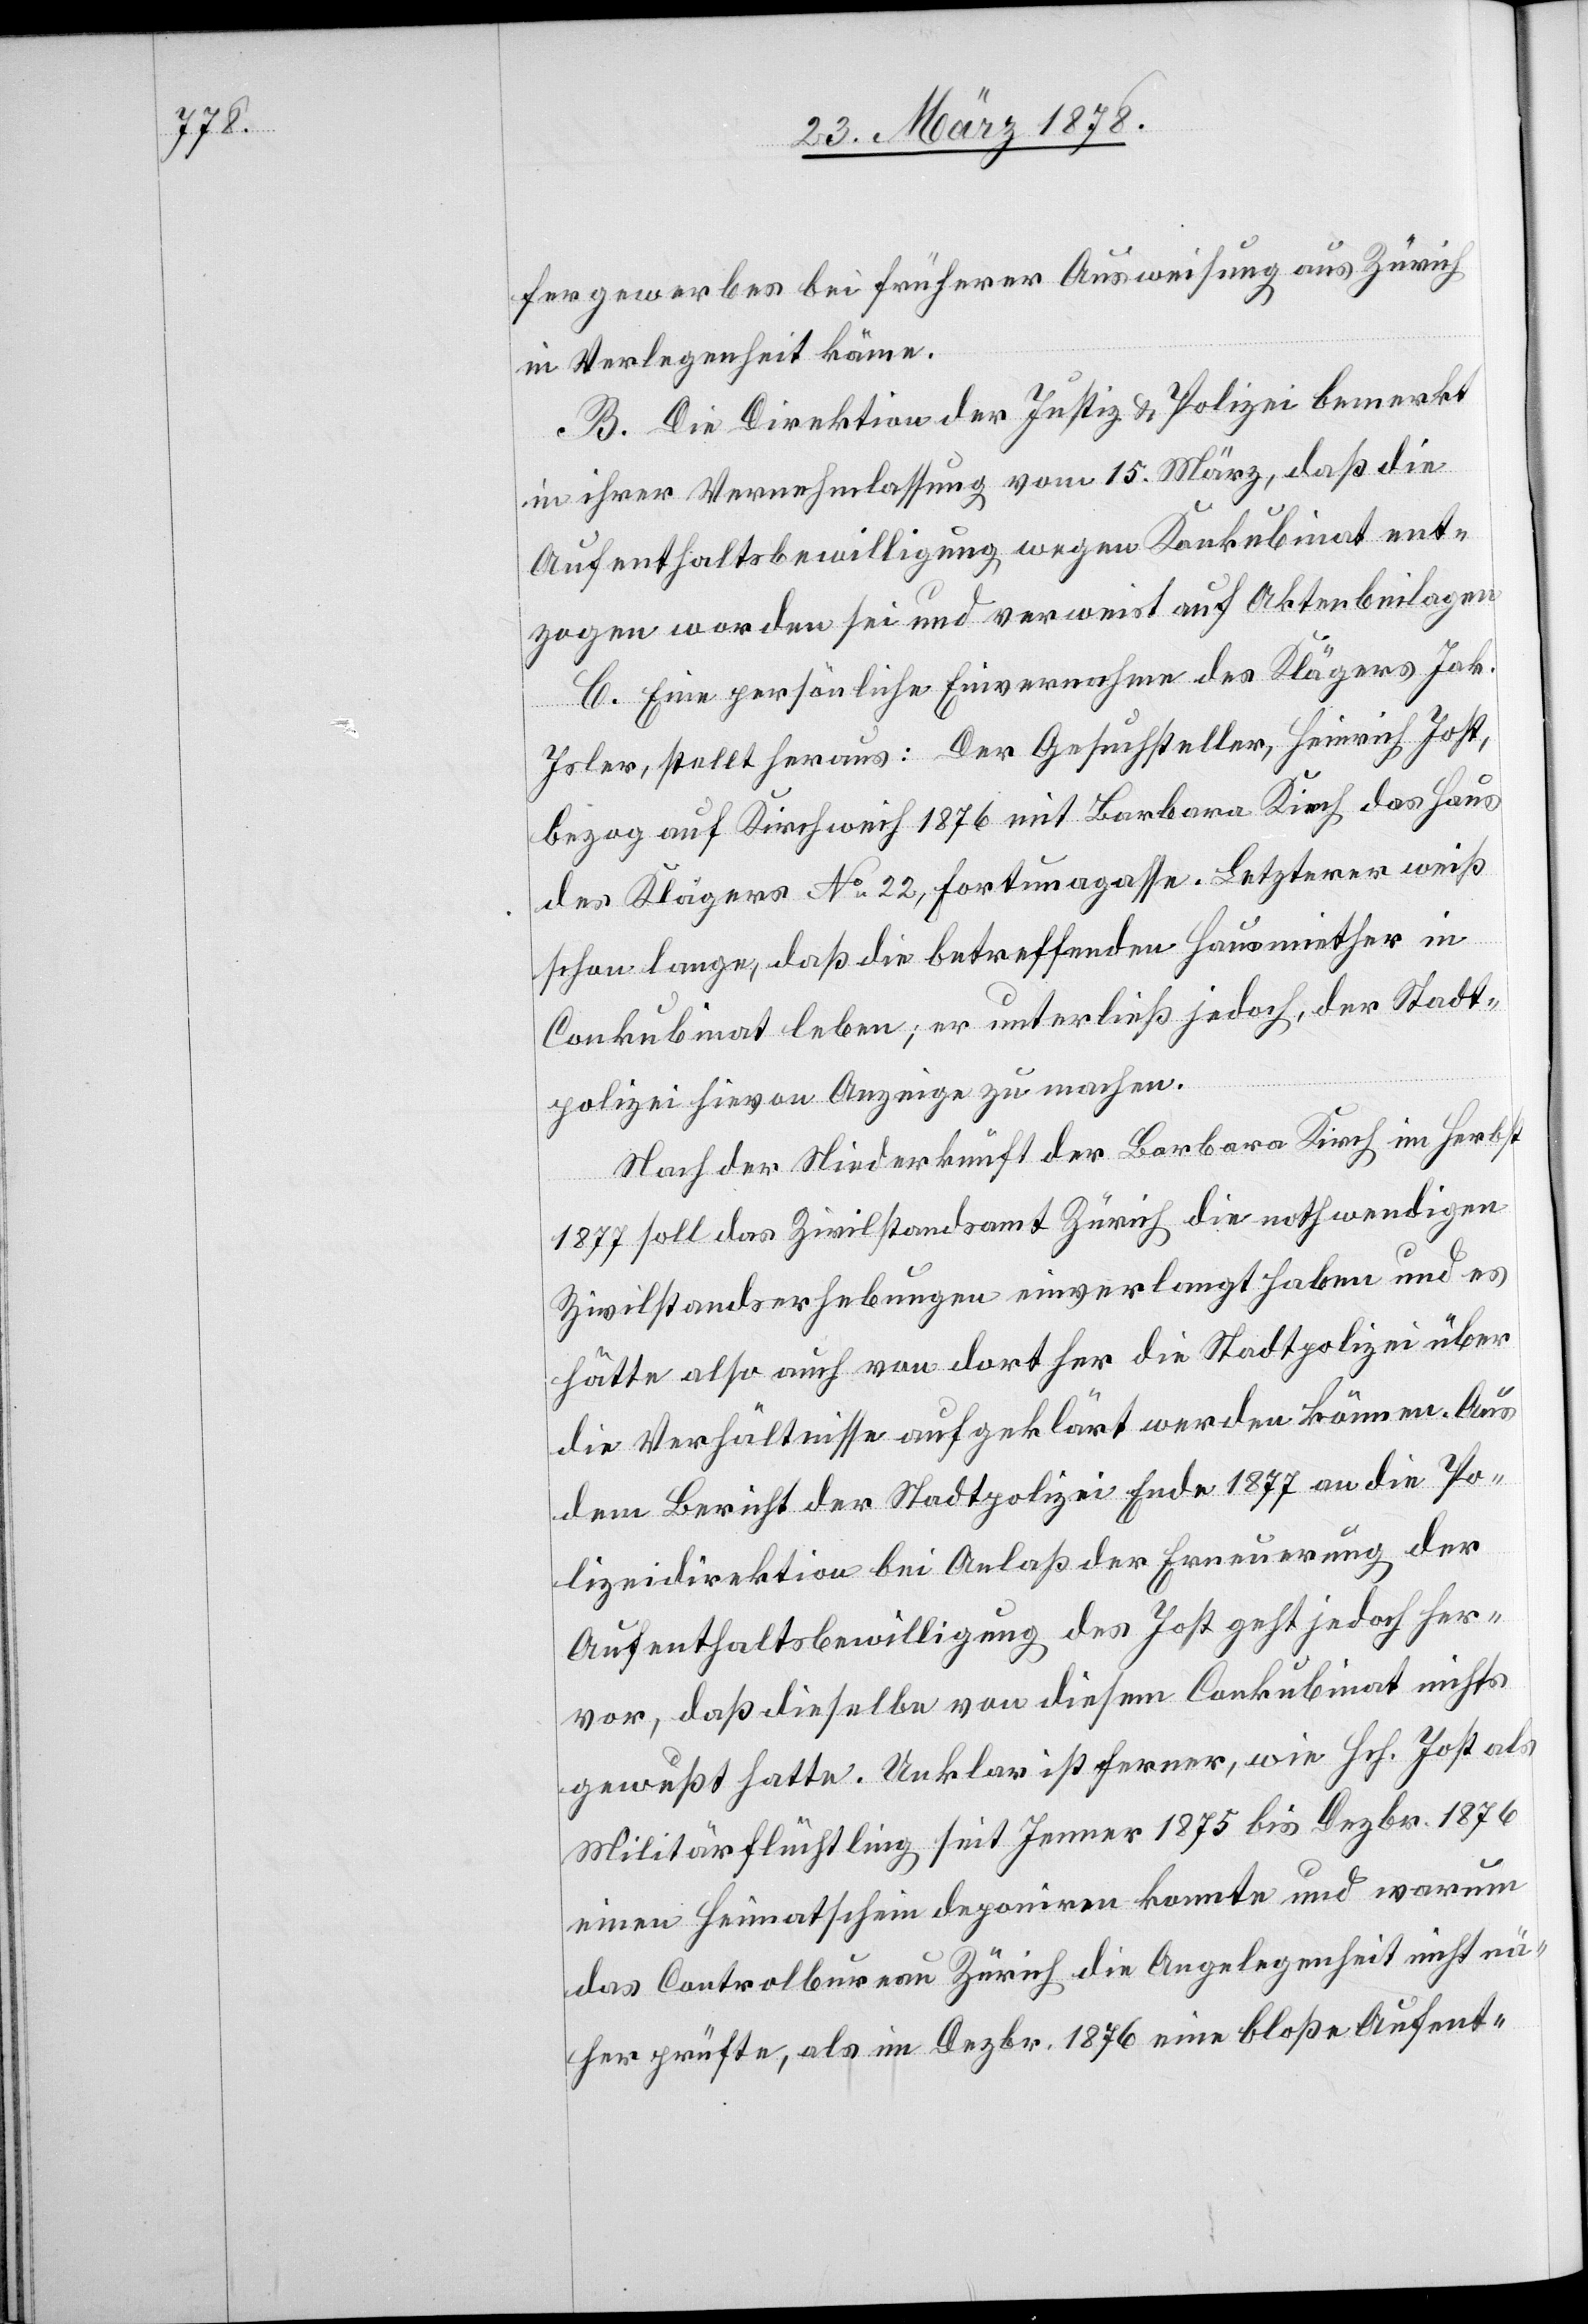
fergewerbes bei früherer Ausweisung aus Zürich
in Verlegenheit käme.
B. Die Direktion der Justiz & Polizei bemerkt
in ihrer Vernehmlassung vom 15. März, daß die
Aufenthaltsbewilligung wegen Konkubinat ent¬
zogen worden sei und verweist auf Aktenbeilagen.
C. Eine persönliche Einvernahme des Klägers Jak.
Isler, stellt heraus: Der Gesuchsteller, Heinrich Jost,
bezog auf Kirchweih 1876 mit Barbara Kirch das Haus
des Klägers No 22, Fortunagasse. Letzterer weiß
schon lange, daß die betreffenden Hausmiether in
Conkubinat leben; er unterließ jedoch, der Stadt¬
polizei hievon Anzeige zu machen.
Nach der Niederkunft der Barbara Kirch im Herbst
1877 soll das Zivilstandsamt Zürich die nothwendigen
Zivilstandserhebungen einverlangt haben und es
hätte also auch von dort her die Stadtpolizei über
die Verhältnisse aufgeklärt werden können. Aus
dem Bericht der Stadtpolizei Ende 1877 an die Po¬
lizeidirektion bei Anlaß der Erneuerung der
Aufenthaltsbewilligung des Jost geht jedoch her¬
vor, daß dieselbe von diesem Conkubinat nichts
gewußt hatte. Unklar ist ferner, wie Hch. Jost als
Militärflüchtling seit Jenner 1875 bis Dezbr. 1876
einen Heimatschein deponiren konnte und warum
das Controlbureau Zürich die Angelegenheit nicht nä¬
her prüfte, als im Dezbr. 1876 eine bloße Aufent-